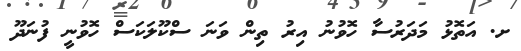
ށ. އަތޮޅު މަދަރުސާ ހޮވުނު އިރު ތިން ވަނަ ސްކޫލަކަސް ހޮވުނީ ފުނަދޫ